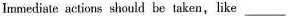
Immediate actions should be taken,like ___